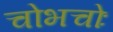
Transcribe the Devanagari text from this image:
चोभचोः